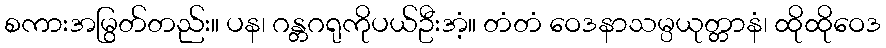
စကားအမြွတ်တည်း။ ပန၊ ဂန္တဂရုကိုပယ်ဦးအံ့။ တံတံ ဝေဒနာသမ္ပယုတ္တာနံ၊ ထိုထိုဝေဒ